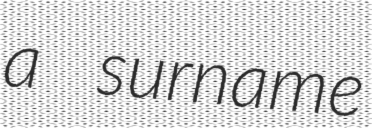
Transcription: a surname